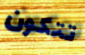
تتكون